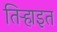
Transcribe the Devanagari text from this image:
तिऱ्हाइत